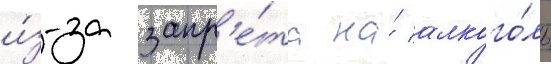
и́з-за запр'е́та на́ алкого́ль